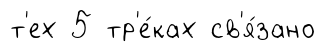
т'ех 5 тр'е́ках св'я́зано